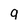
Character: q